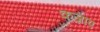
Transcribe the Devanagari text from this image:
कज़ाए